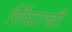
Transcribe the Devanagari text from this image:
शिंद्याची